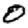
Digit: 0